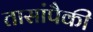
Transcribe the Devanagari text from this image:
तासांपैकी